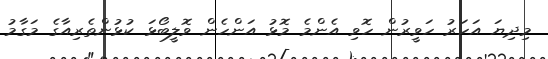
މިދިޔަ އަހަރު ހަވީރުން ހޮވި އެންމެ މޮޅު އަންހެން ވޮލީބޯޅަ ކުޅުންތެރިއާގެ މަގާމު